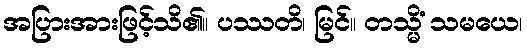
အပြားအားဖြင့်သိ၏။ ပဿတိ၊ မြင်။ တသ္မိံ သမယေ၊